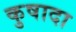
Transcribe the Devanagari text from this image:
कुषादा